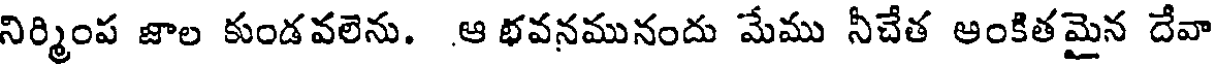
నిర్మింప జాల కుండవలెను. ఆ భవనమునందు మేము నీచేత ఆంకితమైన దేవా